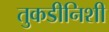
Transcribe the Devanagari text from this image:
तुकडीनिशी